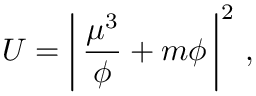
U = \left| \, \frac { \mu ^ { 3 } } { \phi } + m \phi \, \right| ^ { 2 } \, ,